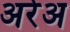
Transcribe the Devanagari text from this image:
अरेअ